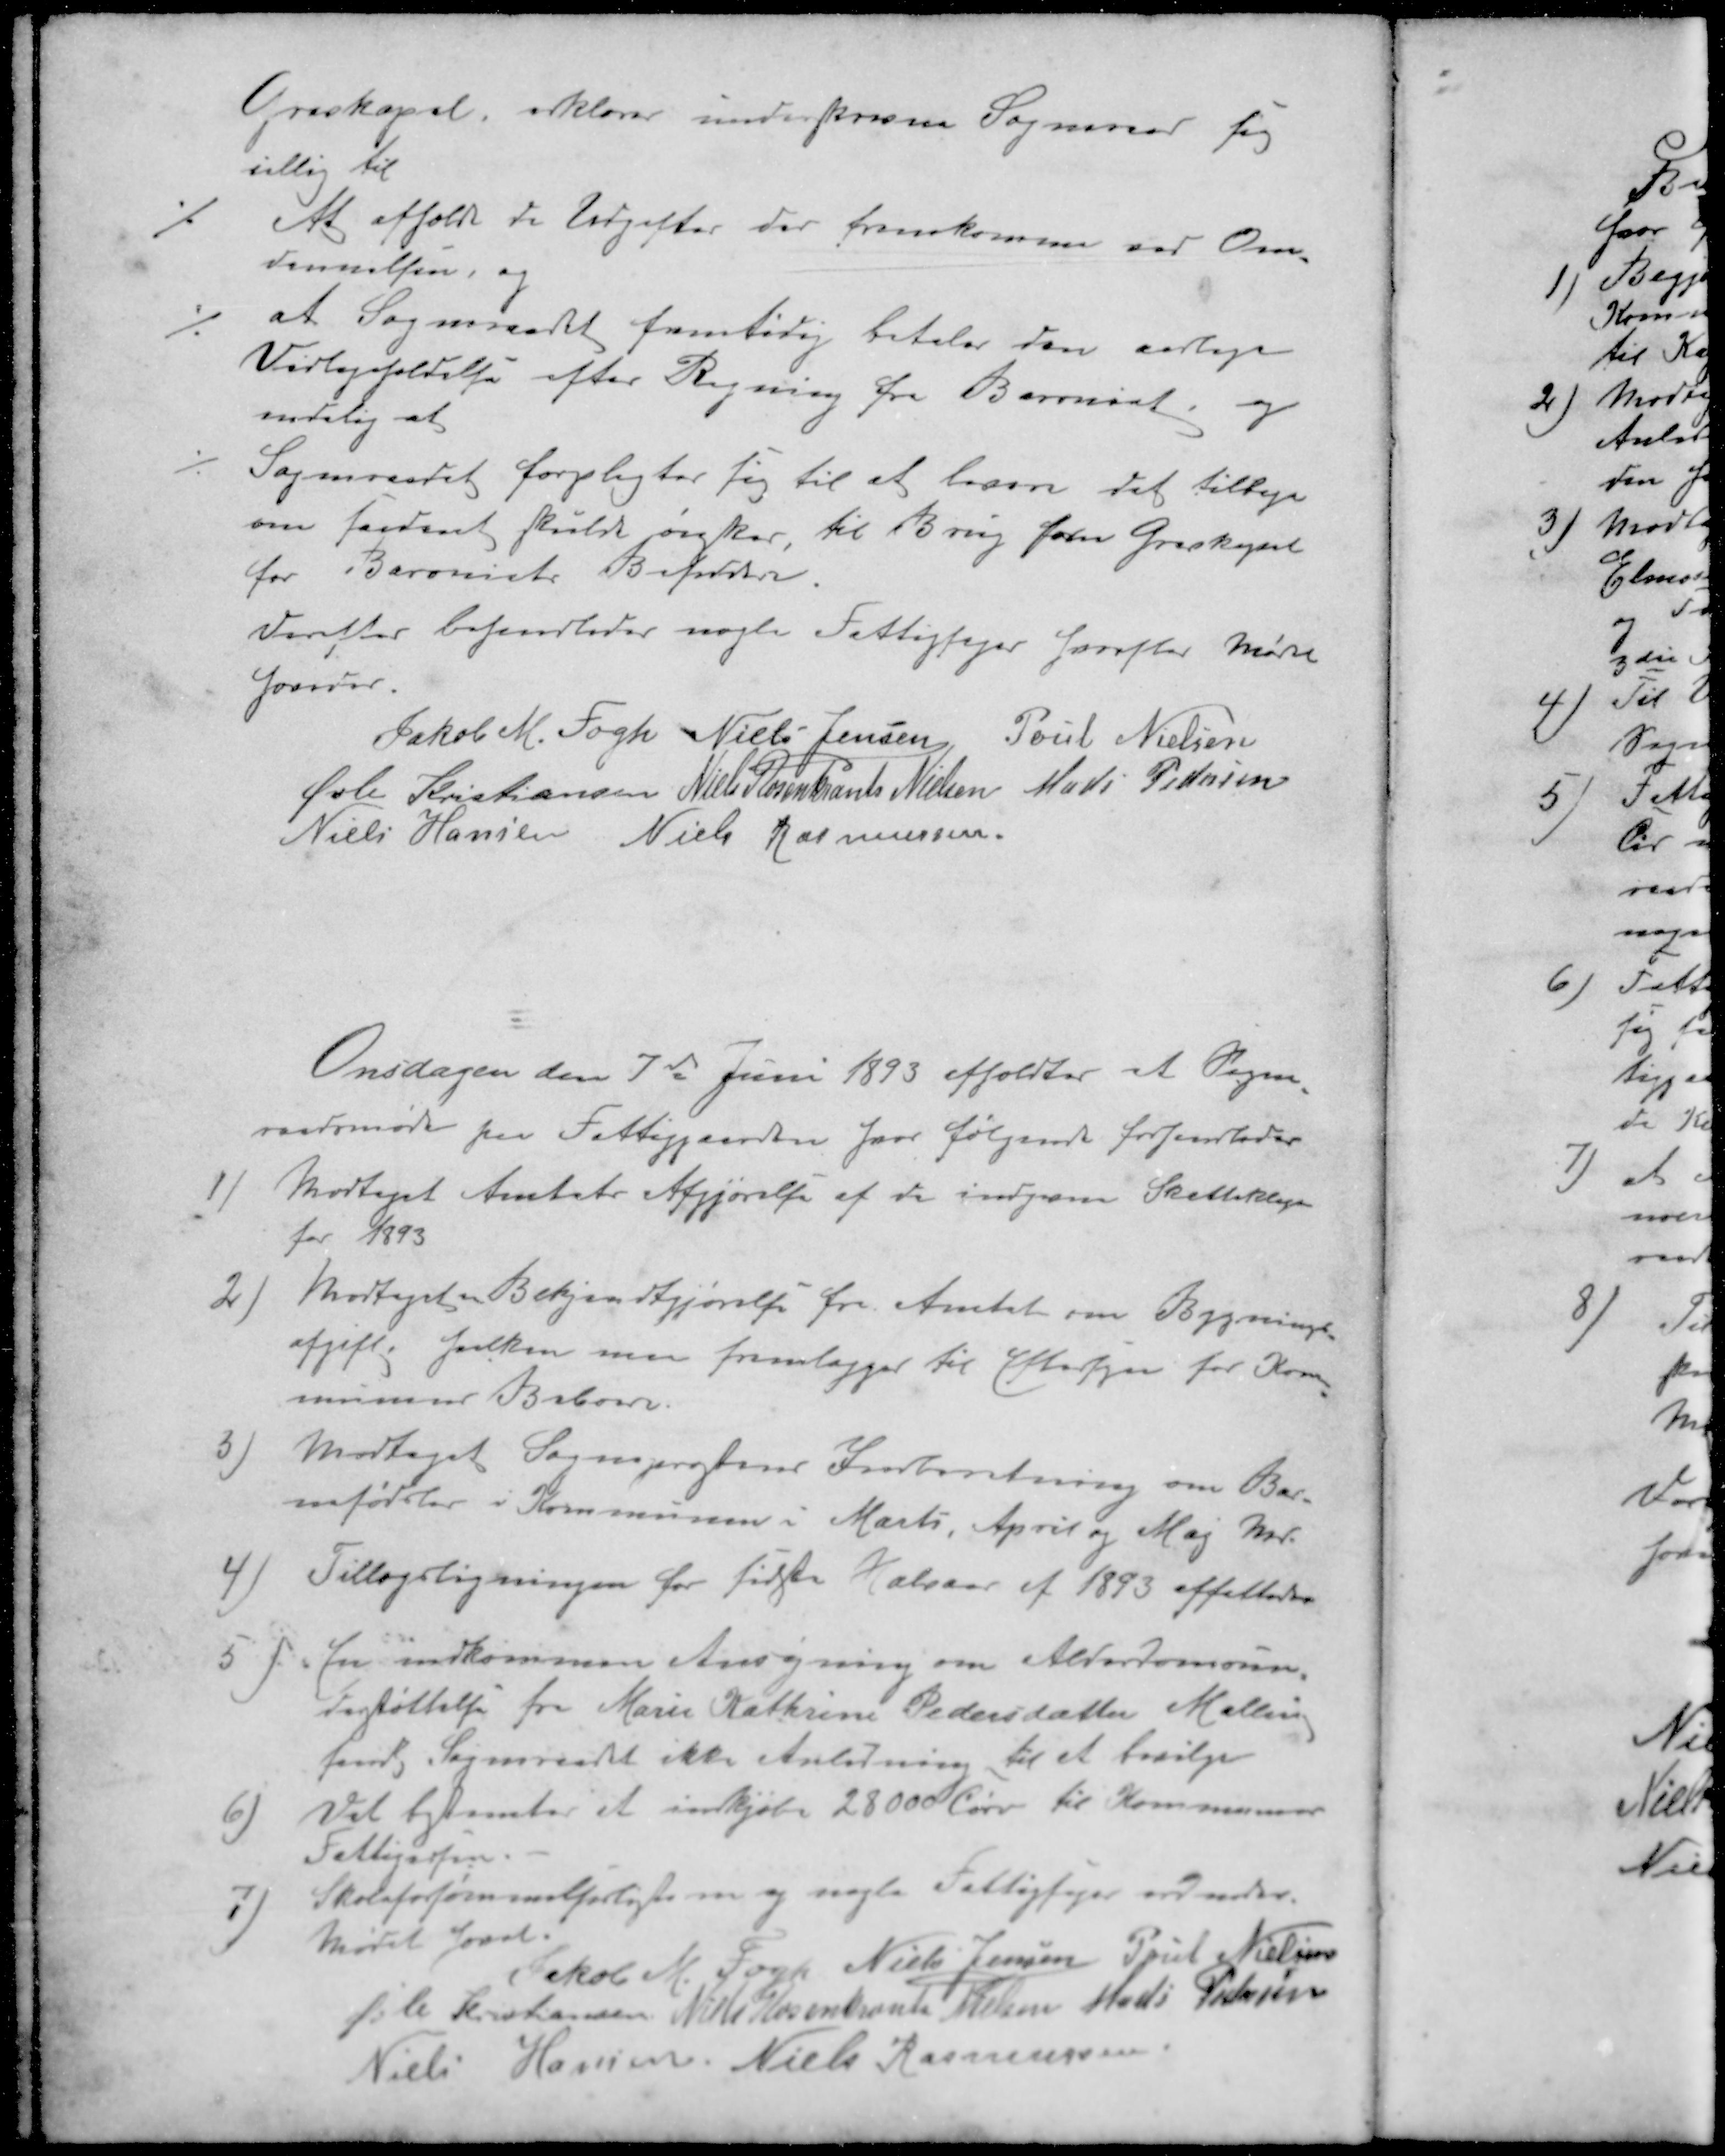
Transskription:
Gravkapel, erklærer underskreven Sogneraad sig
villig til
./. At afholdt de Udgifter der fremkomme ved Over-
tagelsen og
./. at Sogneraadet fremtidig betaler den aarlige
Vedligeholdelse efter Regning fra Baroniet og
endelig at 
./. Sogneraadet forpligter sig til at levere det tilbage
om fordret skulde ønsker, til Brug for Gravkapel
for Baroniets Besiddere.
Derefter behandledes nogle Fattigsager Hvorefter Mødet
hæves.
Jakob M. Fogh
Niels Jensen
Poul Nielsen
Øvli Kristiansen
Niels Rosenkrants Nielsen
Mads Pedersen
Niels Hansen
Niels Rasmussen
Onsdagen den 7de Juni 1893 afholdtes et Sogne-
raadsmøde paa Fattiggaarden, hvor følgende forhandledes
1 ) Modtaget Amtets Afgjørelse af de indgivne Skatteklager
for 1893
2 ) Modtaget Bekjendtgjørelse fra Amtet om Bygnings-
afgifter hvilken man fremlægger til Eftersyn for Kom-
munens Beboere.
3) Modtaget Sognepræstens Indberetning om Bar-
nefødsler i Kommunen i Marts, April og Maj Md.
4) Tillægsligningen for sidste Halvaar af 1893 affattedes
5 ) Er indkommen Ansøgning om Alderdomsun-
derstøttelse fra Marie Kathrine Pedersdatter Malling
fandt Sogneraadet ikke Anledning til at bevilge
6) Det bestemtes at indkjøbe 2800 Tørv til Kommunen
Fattigvæsen.
7 ) Skoleforsømmelforlisterne og nogle Fattigsager ordnedes.
Mødet hævet
Jakob M. Fogh
Niels Jensen
Poul Nielsen
Øvli Kristensen 
Niels Rosenkrants Nielsen
Mads Petersen
Niels Hansen
Niels Rasmussen